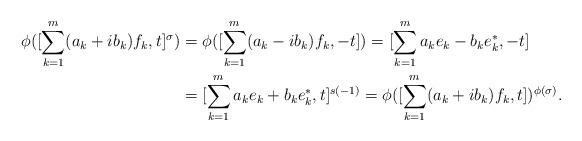
LaTeX: \begin{align*}\phi([\sum^m_{k=1} (a_k +ib_k ) f_k, t]^{\sigma})&=\phi([\sum^m_{k=1} (a_k -ib_k ) f_k, -t])=[\sum^m_{k=1} a_k e_k -b_k e_k^{\ast},-t]\\&=[\sum^m_{k=1} a_k e_k +b_k e_k^{\ast},t]^{s(-1)}=\phi([\sum^m_{k=1} (a_k +ib_k ) f_k, t])^{\phi(\sigma)}.\end{align*}